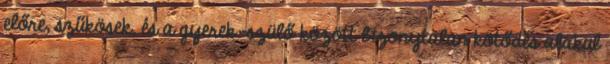
előre, szűkösek, és a gyerek-szülő között bizonytalan kötődés alakul